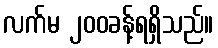
လက်မ ၂၀၀ခန့်ရရှိသည်။